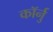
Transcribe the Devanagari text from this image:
कॉर्नु